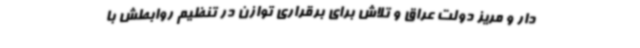
دار و مریز دولت عراق و تلاش برای برقراری توازن در تنظیم روابطش با